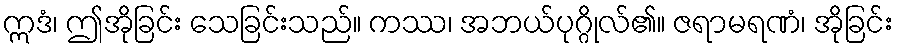
ဣဒံ၊ ဤအိုခြင်း သေခြင်းသည်။ ကဿ၊ အဘယ်ပုဂ္ဂိုလ်၏။ ဇရာမရဏံ၊ အိုခြင်း